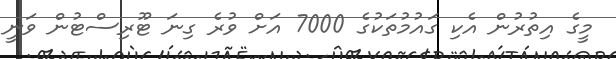
މީގެ އިތުރުން އެކި ގައުމުތަކުގެ 7000 އަށް ވުރެ ގިނަ ޓޫރިސްޓުން ވަނީ